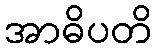
အာဓိပတိ